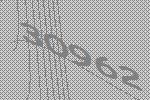
30962